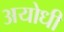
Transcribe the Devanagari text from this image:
अयोधी